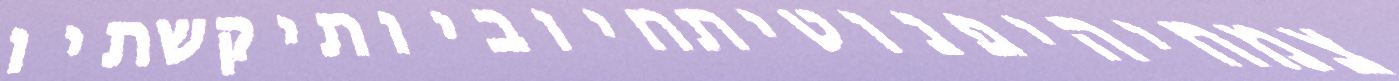
צמחיהיפנוטיתחיוביותיקשתיו